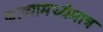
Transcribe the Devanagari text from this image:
काव्यामध्येमात्र